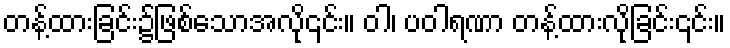
တန့်ထားခြင်း၌ဖြစ်သောအလို၎င်း။ ဝါ၊ ပဝါရဏာ တန့်ထားလိုခြင်း၎င်း။